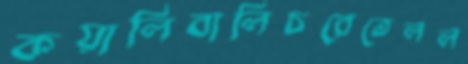
কয়ালিবালিচরেতেলল